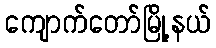
ကျောက်တော်မြို့နယ်